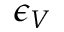
\epsilon _ { V }